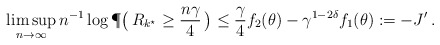
\begin{align*} \limsup_{n \to \infty}n^{-1} \log \P\big( \, R_{k^\star} \ge \frac{n \gamma}{4} \, \big) \le \frac{\gamma}{4} f_2(\theta) - \gamma^{1-2\delta} f_1(\theta) := -J' \,. \end{align*}